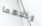
وكلاهما